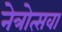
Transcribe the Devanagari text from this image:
नेत्रोत्सवा